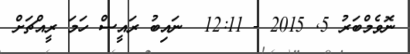
ނޮވެމްބަރު 5